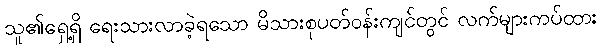
သူ၏ရှေ့ရှိ ရေးသားလာခဲ့ရသော မိသားစုပတ်ဝန်းကျင်တွင် လက်များကပ်ထား